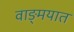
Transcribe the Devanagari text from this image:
वाङ्‍मयात